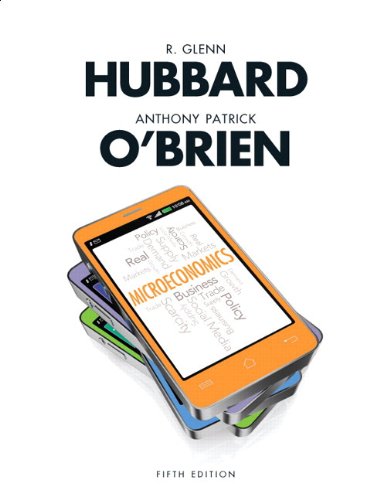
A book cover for Microeconomics Plus NEW MyEconLab with Pearson eText (1-semester Access) -- Access Card Package (5th Edition) (Pearson Series in Economics); Glenn P. Hubbard; Business & Money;